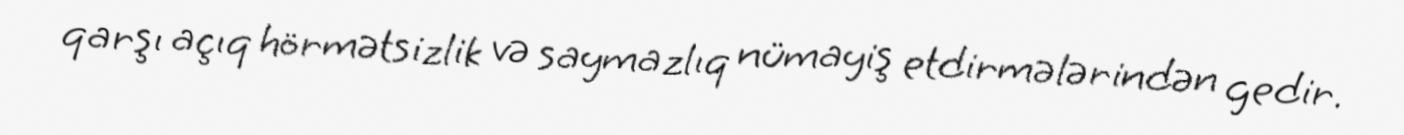
qarşı açıq hörmətsizlik və saymazlıq nümayiş etdirmələrindən gedir.